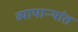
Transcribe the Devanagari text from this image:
व्यापाऱ्यांत